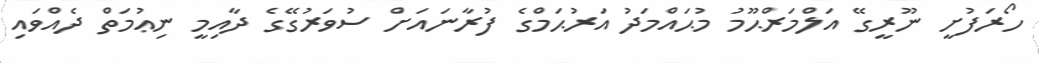
ހޯރަފުށީ ނޫރީގޭ އަލްމަރްޙޫމު މުޙައްމަދު އަރުޙަމްގެ ފުރާނައަށް ސުވަރުގޭގެ ދާއިމީ ނިޢުމަތް ދެއްވައި